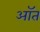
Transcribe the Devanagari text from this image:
ऑत